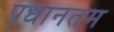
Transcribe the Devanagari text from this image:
प्रधानतम